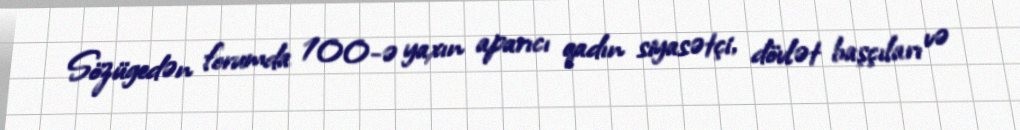
Sözügedən forumda 100-ə yaxın aparıcı qadın siyasətçi, dövlət başçıları və